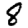
Digit: 8